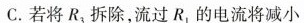
C.若将R_{3}拆除，流过R_{1}的电流将减小